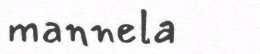
mannela